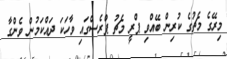
މިރޭގެ މެޗުގެ ކުރިން ބޭއްވި ޕްރީ މެޗު ޕްރެސްގައި ވާހަކަ ދައްކަމުން ވެންގާ